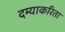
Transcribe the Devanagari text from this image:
दम्याकरिता